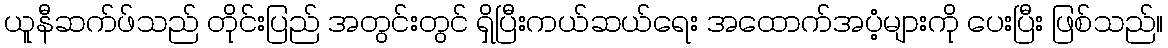
ယူနီဆက်ဖ်သည် တိုင်းပြည် အတွင်းတွင် ရှိပြီးကယ်ဆယ်ရေး အထောက်အပံ့များကို ပေးပြီး ဖြစ်သည်။